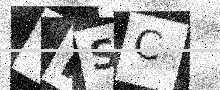
Text: THSC